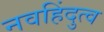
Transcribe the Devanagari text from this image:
नवहिंदुत्व